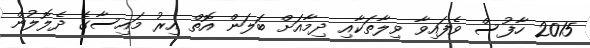
2015 ހާފުސް ވެފައިވާ ވިލާތަކާއި ދިމާއަށް ބަލަން އޮތް އިރު މައިސާގެ ދެލޮލުން